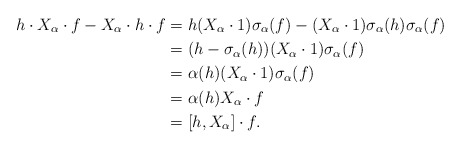
\begin{align*} h \cdot X_{\alpha} \cdot f - X_{\alpha} \cdot h \cdot f &= h(X_{\alpha} \cdot 1) \sigma_{\alpha}(f) - (X_{\alpha} \cdot 1) \sigma_{\alpha}(h)\sigma_{\alpha}(f)\\ &= (h - \sigma_{\alpha}(h))(X_{\alpha} \cdot 1) \sigma_{\alpha}(f)\\ &= \alpha(h)(X_{\alpha} \cdot 1) \sigma_{\alpha}(f)\\ &= \alpha(h)X_{\alpha} \cdot f\\ &= [h,X_{\alpha}] \cdot f.\end{align*}